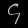
Digit: ၄